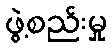
ဖွဲ့စည်းမှု